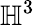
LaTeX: \mathbb{H}^{3}